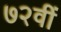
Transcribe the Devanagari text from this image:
७२वीं